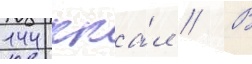
144 кка́л // В